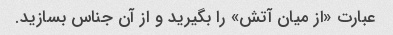
عبارت «از میان آتش» را بگیرید و از آن جناس بسازید.